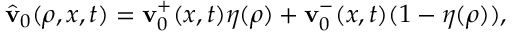
\begin{array} { r } { \hat { \mathbf { v } } _ { 0 } ( \rho , x , t ) = \mathbf { v } _ { 0 } ^ { + } ( x , t ) \eta ( \rho ) + \mathbf { v } _ { 0 } ^ { - } ( x , t ) ( 1 - \eta ( \rho ) ) , } \end{array}